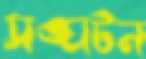
সঙ্ঘটন